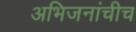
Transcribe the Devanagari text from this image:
अभिजनांचीच